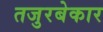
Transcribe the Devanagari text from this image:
तजुरबेकार